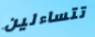
تتساءلين